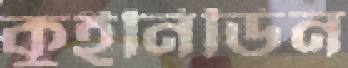
কুইনিডিন